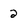
Character: 2